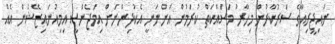
ނައިޖީރިއާގެ ސަރުކާރުން މިހާރު މަސައްކަތް ކުރަމުން އަންނަނީ އެކުދިންނަށް އިމަޖެންސީ އިމިއުނައިޒޭޝަން އެއް